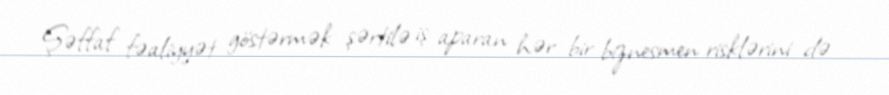
Şəffaf fəaliyyət göstərmək şərtilə iş aparan hər bir biznesmen risklərini də